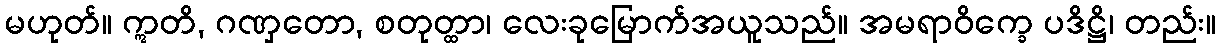
မဟုတ်။ ဣတိ, ဂဏှတော, စတုတ္ထာ၊ လေးခုမြောက်အယူသည်။ အမရာဝိက္ခေ ပဒိဋ္ဌိ၊ တည်း။